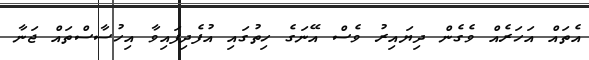
އެތައް އަހަރެއް ވެގެން ދިޔައިރު ވެސް އޭނަގެ ހިތުގައި އުފެދިފައިވާ އިހުސާސްތައް ޖަނާ